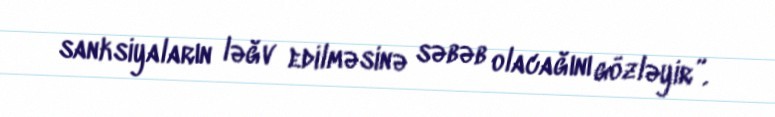
sanksiyaların ləğv edilməsinə səbəb olacağını gözləyir”.